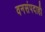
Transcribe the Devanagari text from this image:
वनसंपदाही